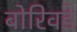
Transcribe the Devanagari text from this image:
बोरिवडे